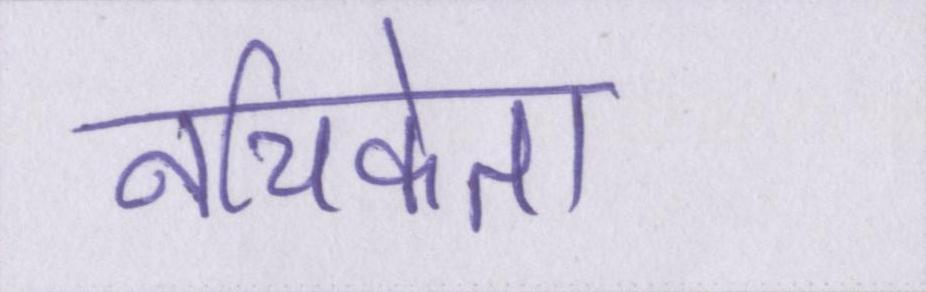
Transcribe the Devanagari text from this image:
नचिकेता